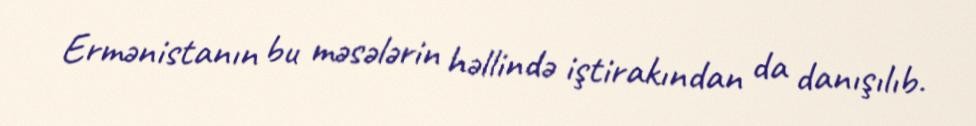
Ermənistanın bu məsələrin həllində iştirakından da danışılıb.